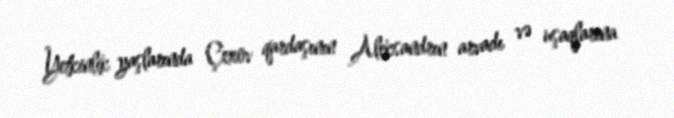
Yetkinlik yaşlarında Çexov qardaşının Aleksandrın arvadı və uşaqlarına